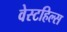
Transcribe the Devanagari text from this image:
वेस्टहिल्स